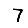
Digit: 7